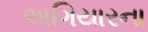
અગિયારના